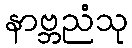
နာဗ္ဘညံသု